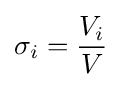
\sigma _{i}={\frac {V_{i}}{V}}